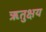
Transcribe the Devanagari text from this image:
ऋतुक्षय